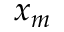
x _ { m }